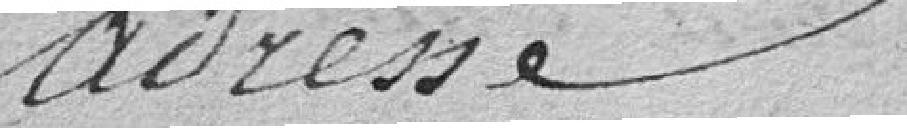
Adresse